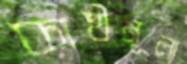
কাষ্ঠমূল্য